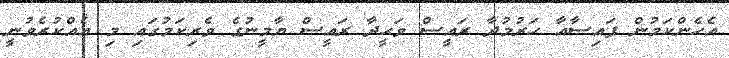
އެހެންކަމުން ފައިސާއާ ހަރުމުދާ ރައީސް ވަޙީދާ ރައީސް ޔާމީނުގެ ވެރިކަމުގައި މި އެއްކުރެވުނީ